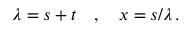
\lambda = s + t \quad , \quad x = s / \lambda \, .